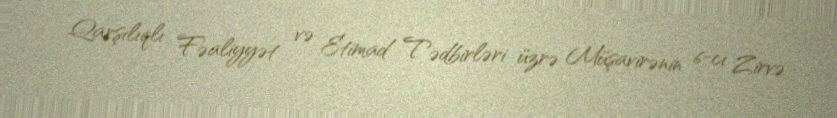
Qarşılıqlı Fəaliyyət və Etimad Tədbirləri üzrə Müşavirənin 6-cı Zirvə